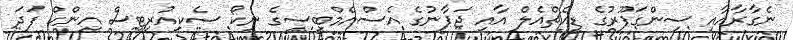
ނެގާރާއާއި ސިންގަޕޫރުގެ ޑީއެޗްއެލް އާއި ޖަޕާނުގެ އެސްއެމްބީސީގެ ނިކޯ ސެކިއުރިޓީސް އިންކް ފަދަ